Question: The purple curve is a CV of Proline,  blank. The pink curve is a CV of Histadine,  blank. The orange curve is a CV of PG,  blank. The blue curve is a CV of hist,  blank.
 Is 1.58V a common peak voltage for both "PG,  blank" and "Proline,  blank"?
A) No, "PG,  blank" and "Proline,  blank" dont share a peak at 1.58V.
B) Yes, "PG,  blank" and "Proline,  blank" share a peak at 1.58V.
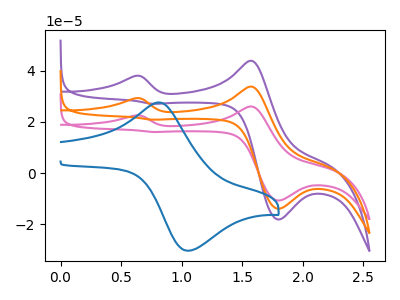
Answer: <think>The purple curve "Proline,  blank" has anodic peaks at (0.60V, 38.05uA) (1.60V, 43.95uA) and cathodic peaks at (1.80V, -18.20uA) (0.75V, 27.10uA). The pink curve "Histadine,  blank" has anodic peaks at (0.60V, 58.55uA) (1.60V, 67.70uA) and cathodic peaks at (1.80V, -28.05uA) (0.75V, 41.75uA). The orange curve "PG,  blank" has anodic peaks at (0.60V, 29.30uA) (1.60V, 33.85uA) and cathodic peaks at (1.80V, -14.00uA) (0.75V, 20.90uA). The blue curve "hist,  blank" has an anodic peak at (0.80V, 27.65uA) and a cathodic peak at (1.05V, -30.45uA).</think>
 <answer>B) Yes, "PG,  blank" and "Proline,  blank" share a peak at 1.58V.</answer>
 <eval>B</eval>